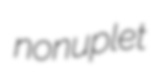
nonuplet